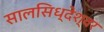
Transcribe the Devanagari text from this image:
सालसिध्‍देश्‍वर